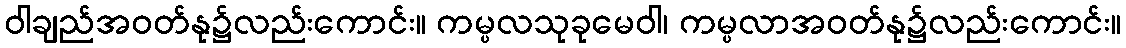
ဝါချည်အဝတ်နု၌လည်းကောင်း။ ကမ္ပလသုခုမေဝါ၊ ကမ္ပလာအဝတ်နု၌လည်းကောင်း။